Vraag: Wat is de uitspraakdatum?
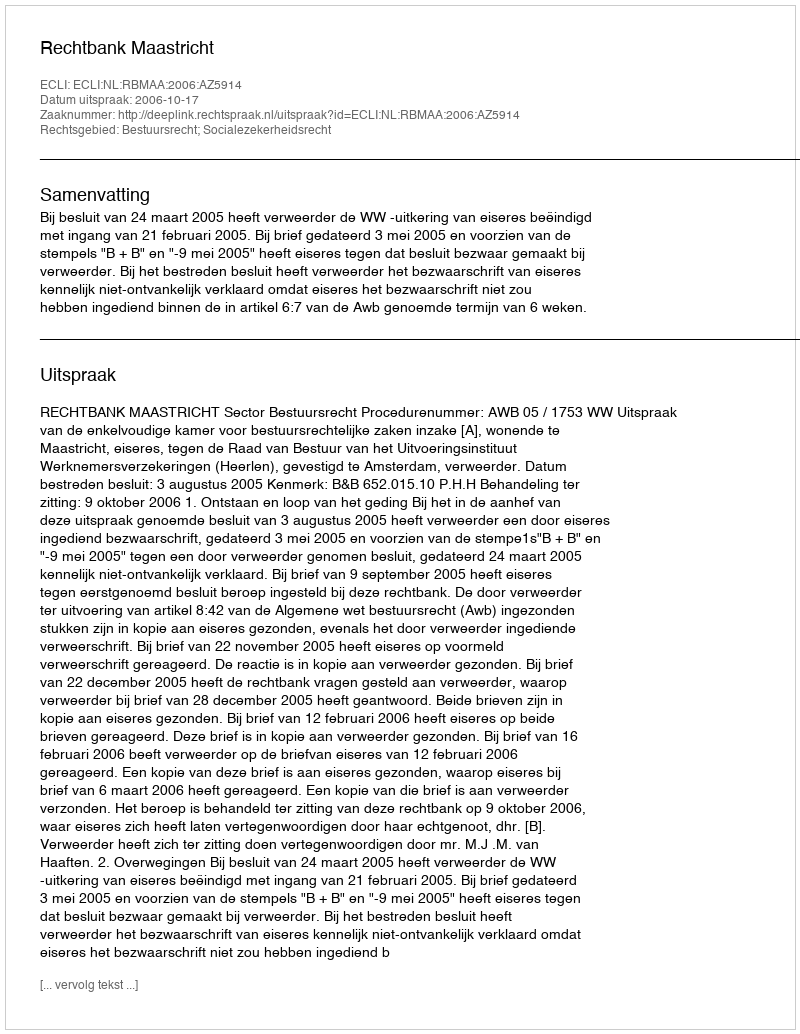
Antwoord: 2006-10-17